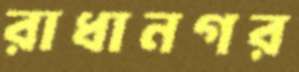
রাধানগর